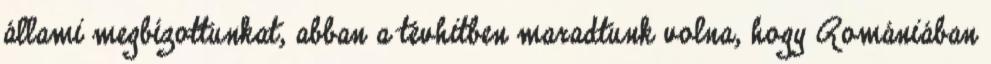
állami megbízottunkat, abban a tévhitben maradtunk volna, hogy Romániában